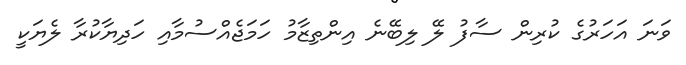
ވަނަ އަހަރުގެ ކުރިން ސާފު ލޭ ލިބޭނެ އިންތިޒާމު ހަމަޖެއްސުމާއި ހަދިޔާކުރާ ލެޔަކީ